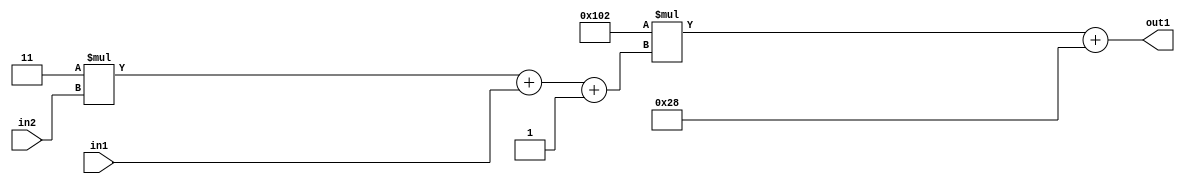
`timescale 1ps / 1ps
/*****************************************************************************
    Verilog RTL Description
    
    
    Created by: Stratus DpOpt 2019.1.01 
*******************************************************************************/

module DC_Filter_Add2i40Mul2i258Add3i1u1Mul2i3u2_4 (
	in2,
	in1,
	out1
	); /* architecture "behavioural" */ 
input [1:0] in2;
input  in1;
output [11:0] out1;
wire [11:0] asc001;
wire [3:0] asc002;

wire [3:0] asc002_tmp_0;
wire [3:0] asc002_tmp_1;
assign asc002_tmp_1 = 
	+(4'B0011 * in2);
assign asc002_tmp_0 = asc002_tmp_1
	+(in1);
assign asc002 = asc002_tmp_0
	+(4'B0001);

wire [11:0] asc001_tmp_2;
assign asc001_tmp_2 = 
	+(12'B000100000010 * asc002);
assign asc001 = asc001_tmp_2
	+(12'B000000101000);

assign out1 = asc001;
endmodule

/* CADENCE  vrPzTAs= : u9/ySgnWtBlWxVPRXgAZ4Og= ** DO NOT EDIT THIS LINE ******/